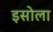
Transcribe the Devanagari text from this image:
इसोला